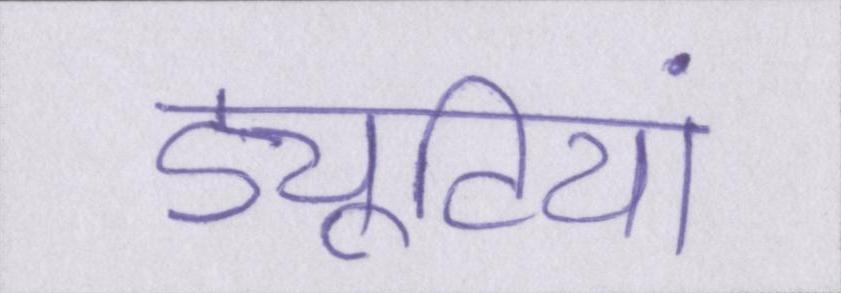
ड्यूटियां